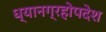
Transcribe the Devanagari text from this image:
ध्यानग्रहोपदेश